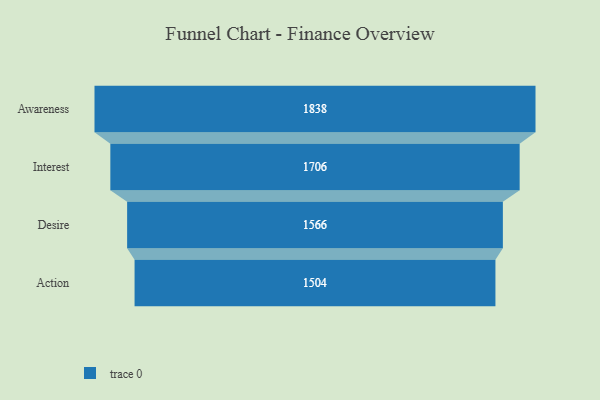
{"axis": {"x": "Stage", "y": "Value"}, "legend": [""], "data": [{"x": "Awareness", "y": 1838.0, "type": ""}, {"x": "Interest", "y": 1706.0, "type": ""}, {"x": "Desire", "y": 1566.0, "type": ""}, {"x": "Action", "y": 1504.0, "type": ""}]}